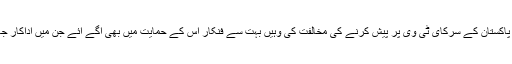
تاہم جہاں ان فنکاروں نے ترک ڈرامے کو پاکستان کے سرکای ٹی وی پر پیش کرنے کی مخالفت کی وہیں بہت سے فنکار اس کے حمایت میں بھی آگے آئے جن میں اداکار جان ریمبو اور ان کی اہلیہ صاحبہ شامل ہیں۔